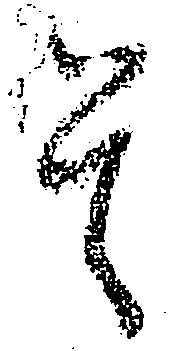
是